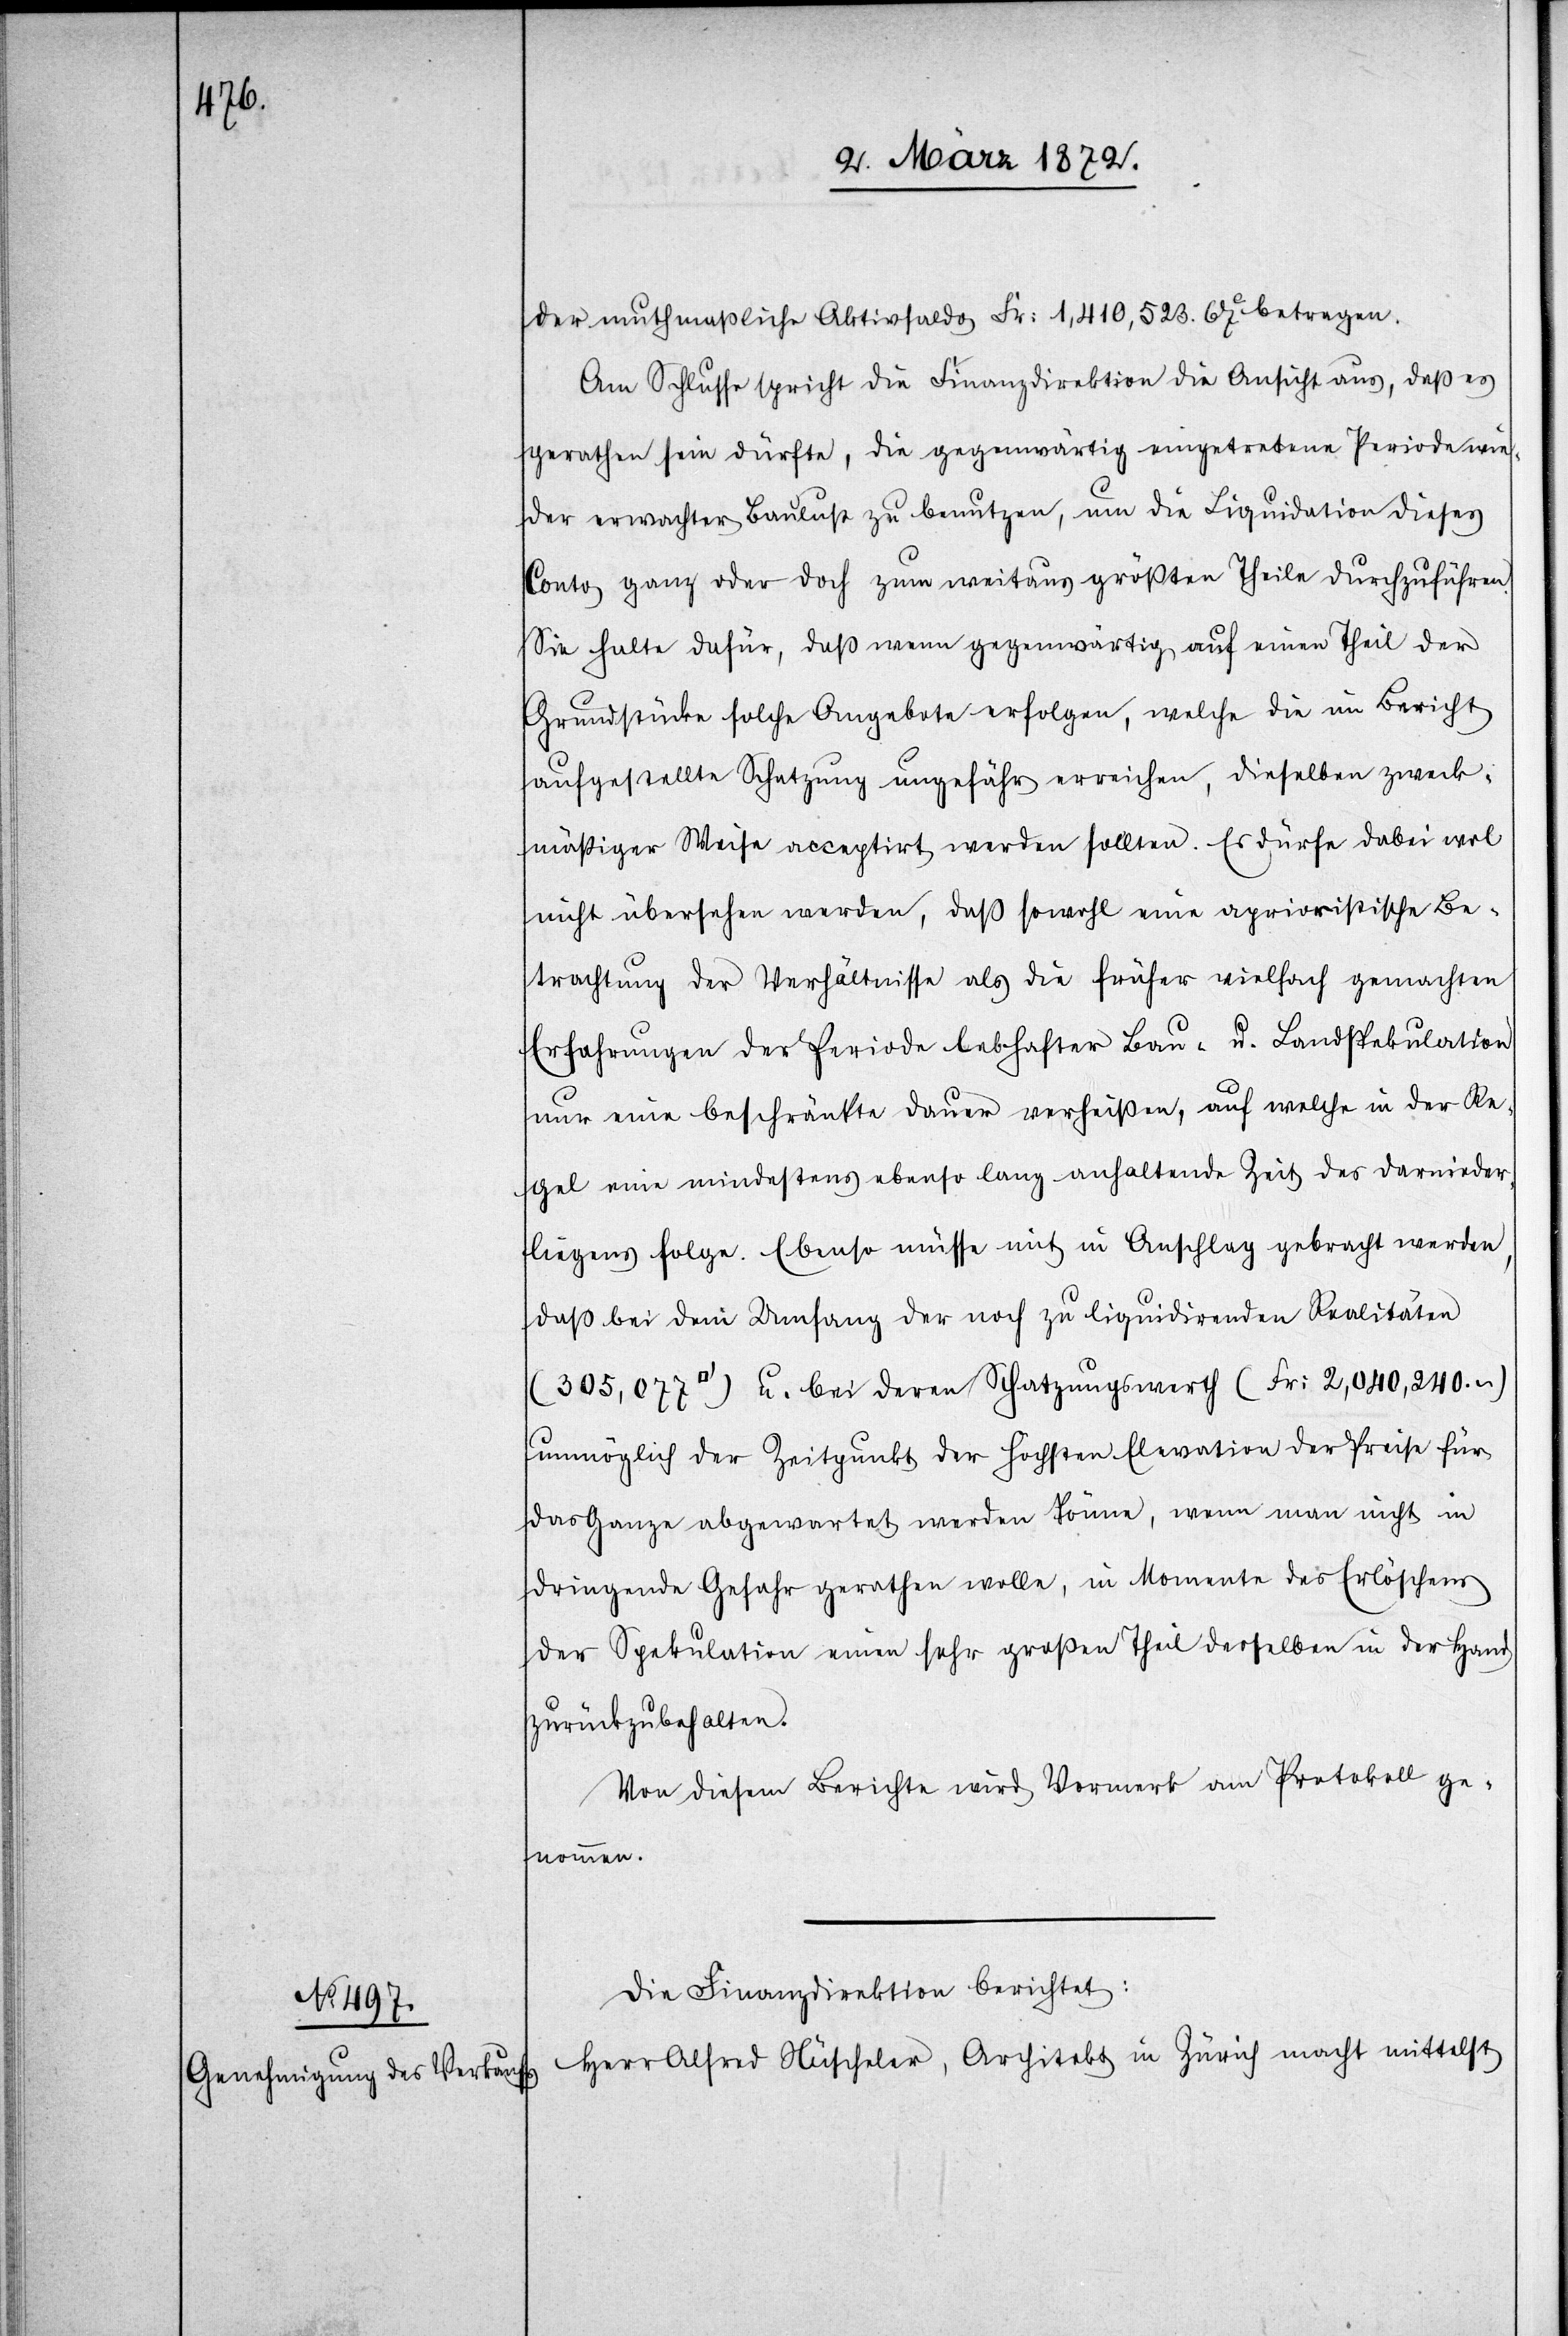
der muthmaßliche Aktivsaldo Fr: 1,410,523.67c betragen.
Am Schlusse spricht die Finanzdirektion die Ansicht aus, daß es
gerathen sein dürfte, die gegenwärtig eingetretene Periode wie¬
der erwachter Baulust zu benutzen, um die Liquidation dieses
Conto ganz oder doch zum weitaus größten Theile durchzuführen.
Sie halte dafür, daß wenn gegenwärtig auf einen Theil der
Grundstücke solche Angebote erfolgen, welche die im Bericht
aufgestellte Schatzung ungefähr erreichen, dieselben zweck¬
mäßiger Weise acceptirt werden sollten. Es dürfe dabei wol
nicht übersehen werden, daß sowohl eine apriorische Be¬
trachtung der Verhältnisse als die früher vielfach gemachten
Erfahrungen der Periode lebhafter Bau- u. Landspekulation
nur eine beschränkte Dauer verheißen, auf welche in der Re¬
gel eine mindestens ebenso lang anhaltende Zeit des Darnieder¬
liegens folge. Ebenso müsse mit in Anschlag gebracht werden,
daß bei dem Umfang der noch zu liquidirenden Realitäten
[Quadratfuss]) u. bei deren Schatzungswerth (Fr: 2,040,240.-)
unmöglich der Zeitpunkt der höchsten Elevation der Preise für
das Ganze abgewartet werden könne, wenn man nicht in
dringende Gefahr gerathen wolle, in Momente des Erlöschens
der Spekulation einen sehr großen Theil derselben in der Hand
zurückzubehalten.
Von diesem Berichte wird Vormerk am Protokoll ge¬
7.
nommen.
Die Finanzdirektion berichtet:
Herr Alfred Nüscheler, Architekt in Zürich macht mittelst